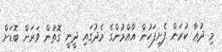
މި ދުޢާ ކުރަން ފެށިފަހުން އާއްމުންގެ މެދުގައި ދީނީ ގޮތުން ވަރަށް ބޮޑަށް